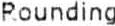
ROUNDING